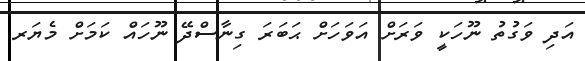
އަދި ވަގުތު ނޫހަކީ ވަރަށް އަވަހަށް ޙަބަރަ ގިނާސްދޭ ނޫހައް ކަމަށް މެޔަރ